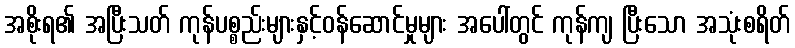
အစိုးရ၏ အပြီးသတ် ကုန်ပစ္စည်းများနှင့်ဝန်ဆောင်မှုများ အပေါ်တွင် ကုန်ကျ ပြီးသော အသုံးစရိတ်